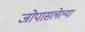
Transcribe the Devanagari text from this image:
जोपासलेल्या